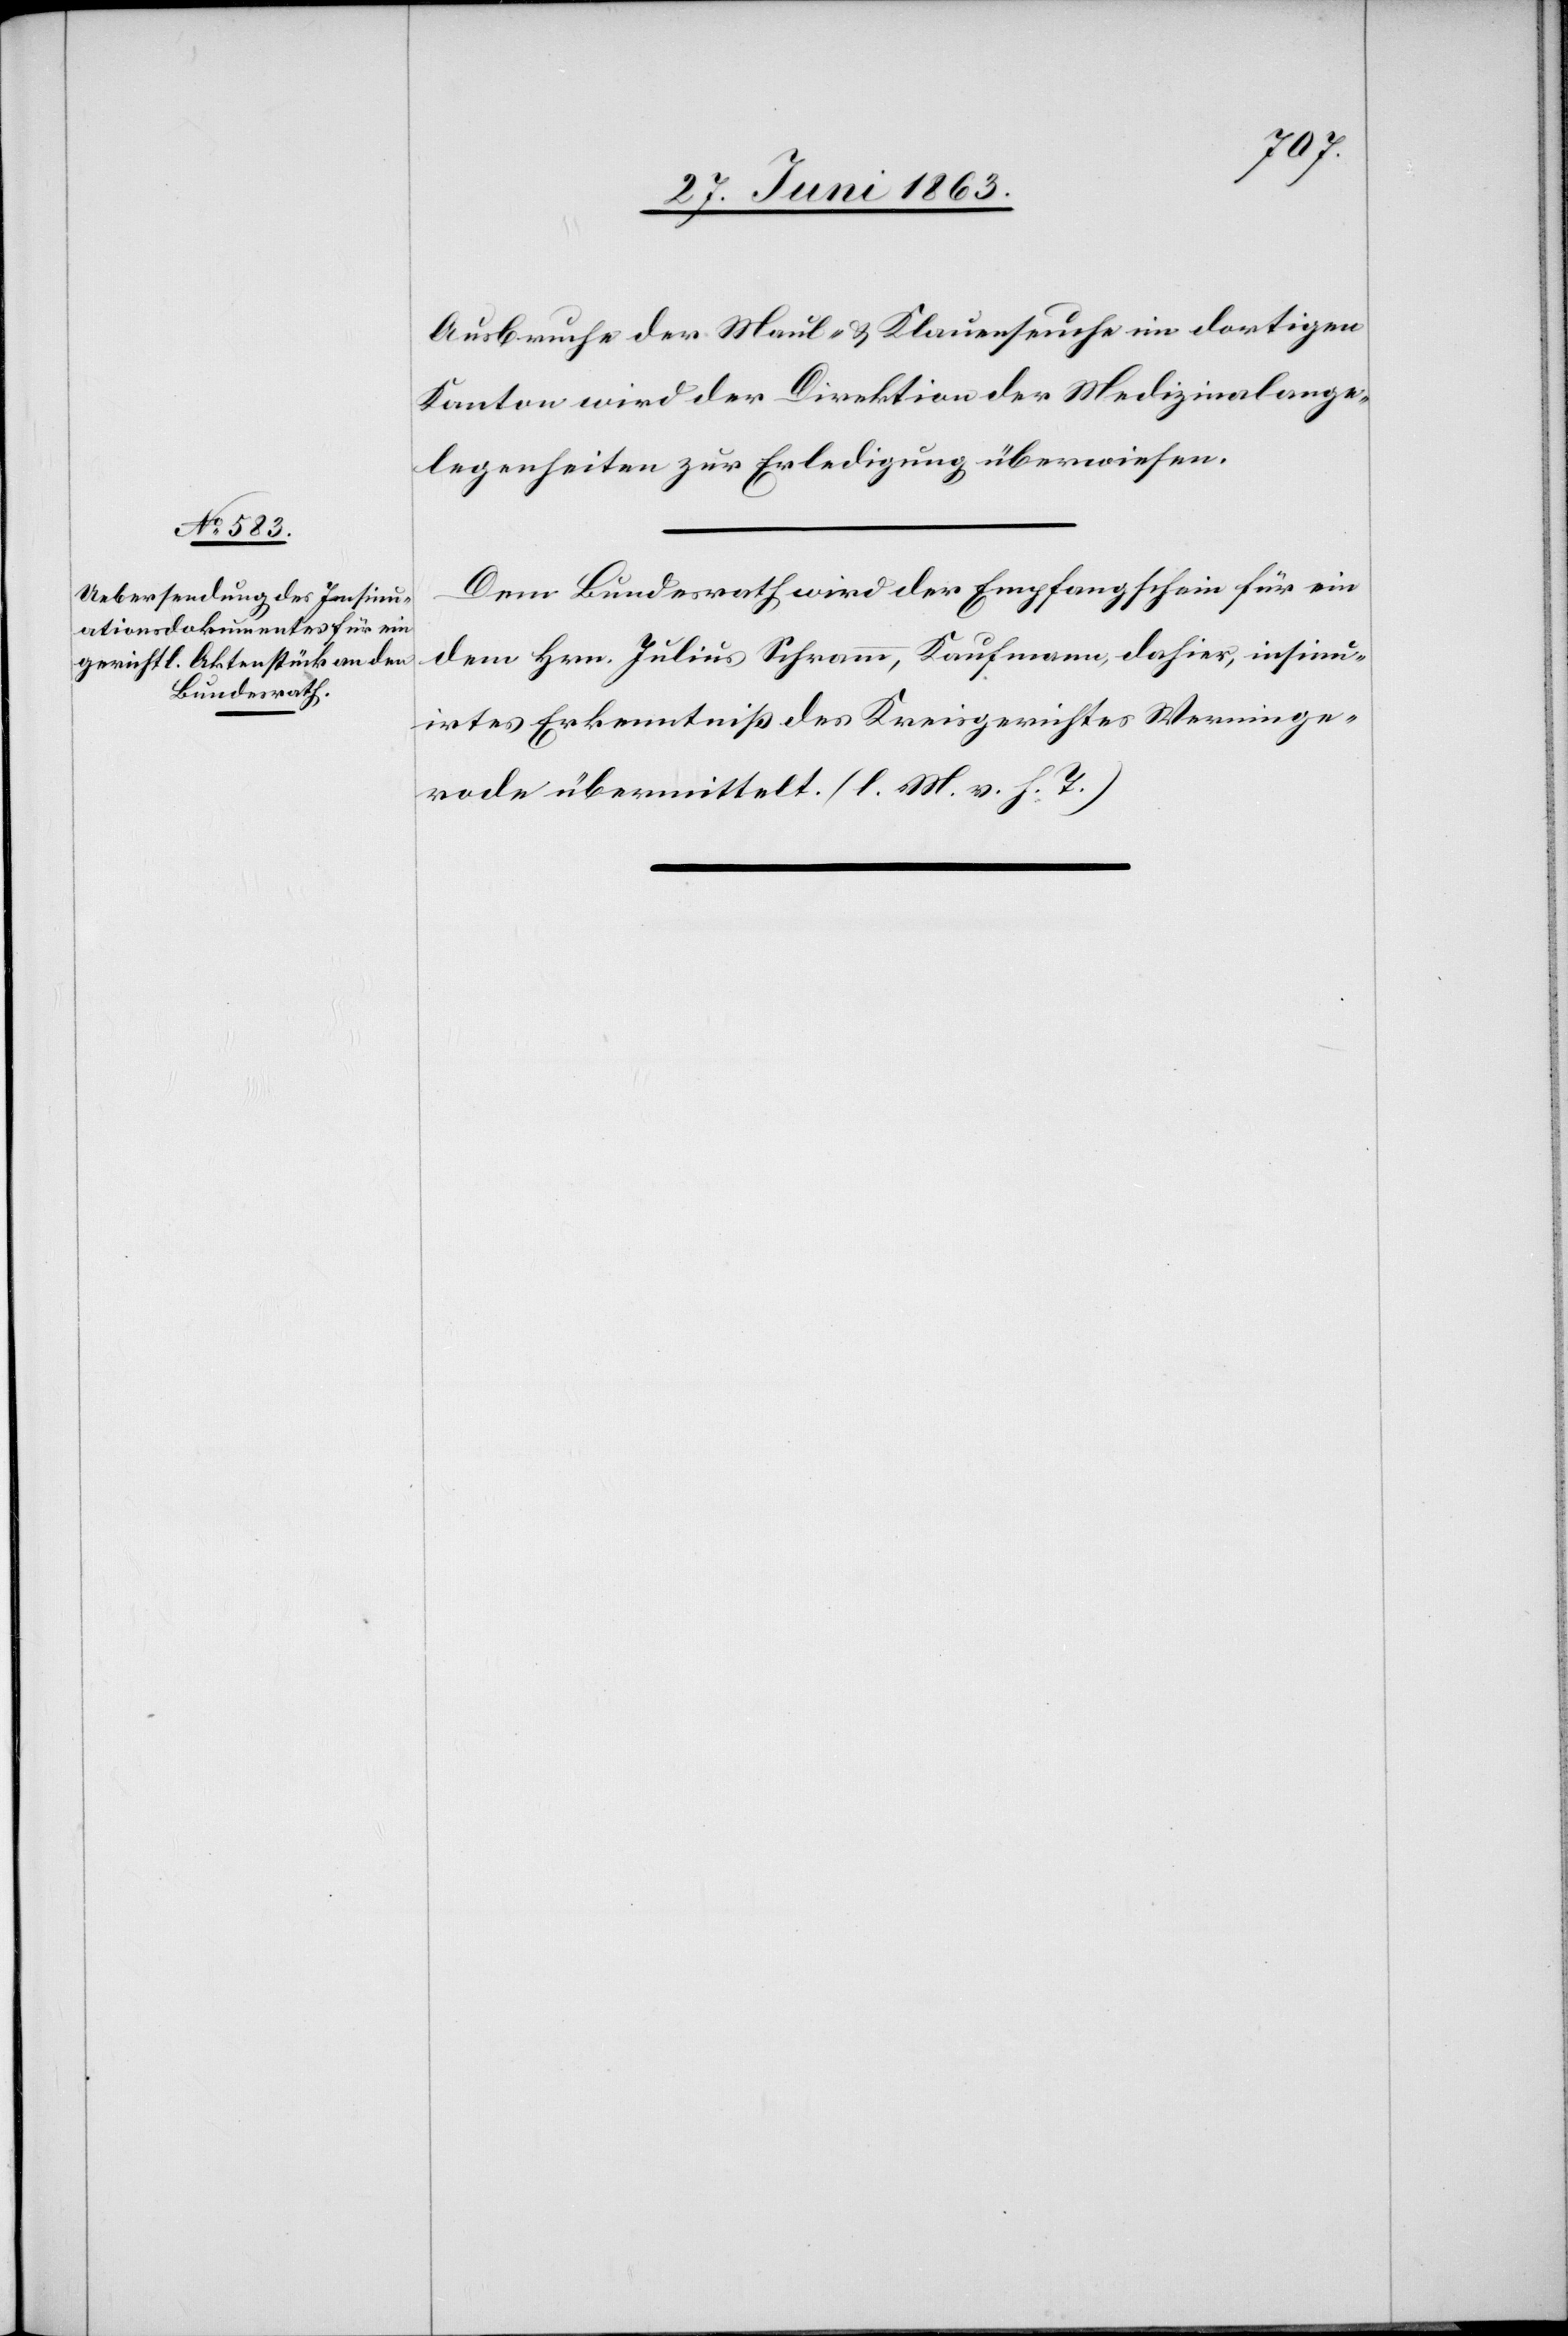
Ausbruche der Maul- & Klauenseuche im dortigen
Kanton wird der Direktion der Medizinalange¬
legenheiten zur Erledigung überwiesen.
Dem Bundesrath wird der Empfangschein für ein
dem Hrn. Julius Schramm, Kaufmann, dahier, insinu¬
irtes Erkenntniß des Kreisgerichtes Werninge¬
rode übermittelt. (l. M. v. h. T.)